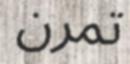
تمرن